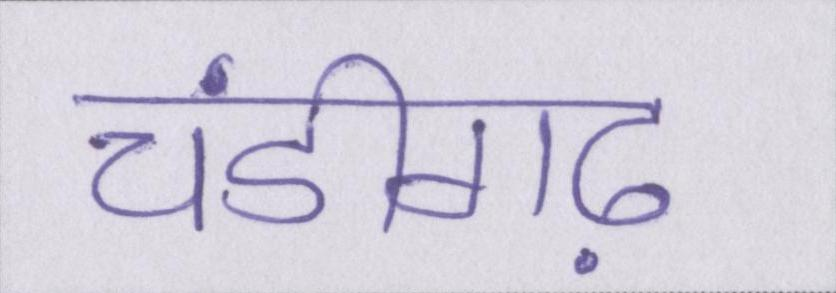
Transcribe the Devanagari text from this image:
चंडीगढ़